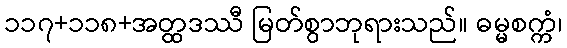
၁၁၇+၁၁၈+အတ္ထဒဿီ မြတ်စွာဘုရားသည်။ ဓမ္မစက္ကံ၊